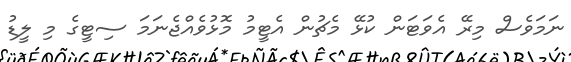
ނަމަވެސް މިރޭ އެވަޓަން ކުޅޭ މެޗުން އެޓީމު މޮޅުވެއްޖެނަމަ ސިޓީގެ މި ލީޑު